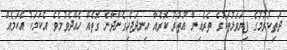
ދަތިކުރުމުގެ ފިޔަވަޅުތަކުގެ ތެރެއިން އުތުރު ކޮރެއާ އިނދަޖެހިގެންދާނެ ގޮތެއް ހެއްދެވުމެވެ. އެކަމަކު އެކަމެއް